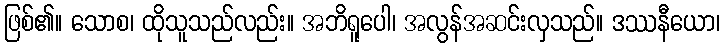
ဖြစ်၏။ သောစ၊ ထိုသူသည်လည်း။ အဘိရူပေါ၊ အလွန်အဆင်းလှသည်။ ဒဿနီယော၊